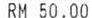
RM 50.00